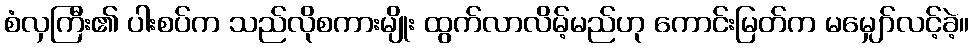
စံလှကြီး၏ ပါးစပ်က သည်လိုစကားမျိုး ထွက်လာလိမ့်မည်ဟု ကောင်းမြတ်က မမျှော်လင့်ခဲ့။